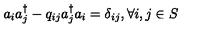
a _ { i } a _ { j } ^ { \dagger } - q _ { i j } a _ { j } ^ { \dagger } a _ { i } = \delta _ { i j } , \forall i , j \in S